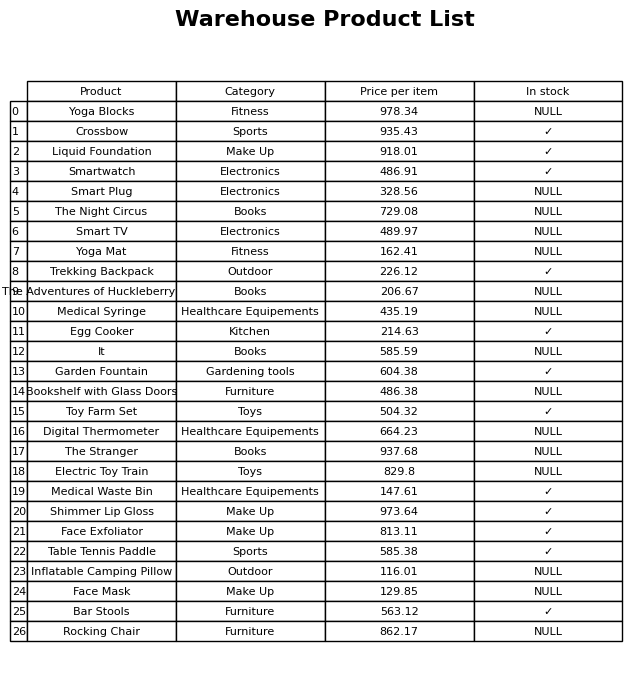
question: What is the price for It?
answer: The price of It is 585.59.